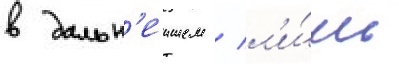
в дальн'еишем / л'и́шь